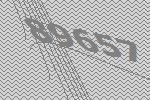
89657